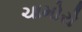
ચામોરો